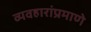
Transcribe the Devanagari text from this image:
व्यवहारांप्रमाणे